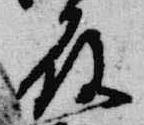
殿